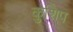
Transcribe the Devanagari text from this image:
कुशिप